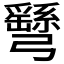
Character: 𢑂